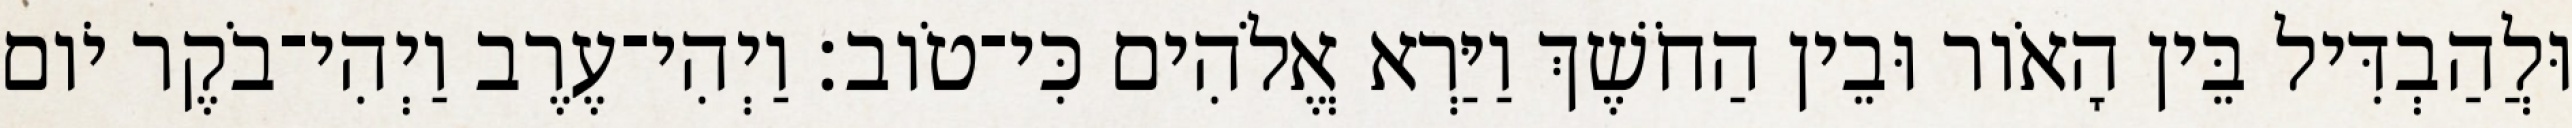
וּלֲהַבְדִּיל בֵּין הָאֹור וּבֵין הַחֹשֶׁךְ וַיַּרְא אֱלֹהִים כִּי־טֹוב׃ וַיְהִי־עֶרֶב וַיְהִי־בֹקֶר יֹום